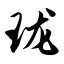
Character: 珑